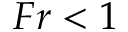
F r < 1